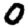
Digit: 0